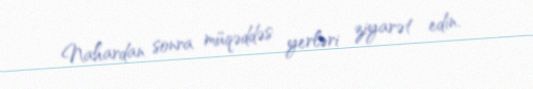
Nahardan sonra müqəddəs yerləri ziyarət edin.